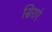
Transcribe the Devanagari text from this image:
सिराएं